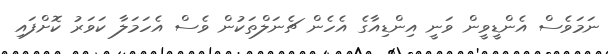
ނަމަވެސް އެންޑީވީން ވަނީ އިންޑިއާގެ އެހެން ޗެނަލްތަކުން ވެސް އެހަމަލާ ކަވަރު ކޮށްފައި